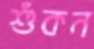
শুঁকন